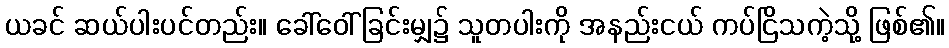
ယခင် ဆယ်ပါးပင်တည်း။ ခေါ်ဝေါ်ခြင်းမျှ၌ သူတပါးကို အနည်းငယ် ကပ်ငြိသကဲ့သို့ ဖြစ်၏။